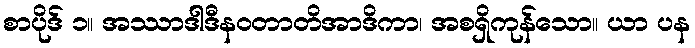
စာပိုဒ် ၁။ အဿာဒါဒီနဝတာတိအာဒိကာ၊ အစရှိကုန်သော။ ယာ ပန